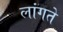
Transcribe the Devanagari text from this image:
लांगते